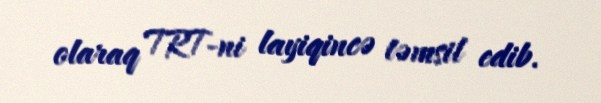
olaraq TRT-ni layiqincə təmsil edib.